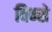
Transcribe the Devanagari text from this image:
विन्से